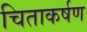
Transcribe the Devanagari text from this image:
चिताकर्षण